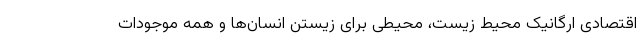
اقتصادی ارگانیک محیط زیست، محیطی برای زیستن انسان‌ها و همه موجودات